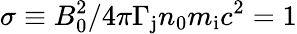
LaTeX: \sigma\equiv B_{0}^{2}/4\pi\Gamma_{\mathrm{j}}n_{0}m_{\mathrm{i}}c^{2}=1